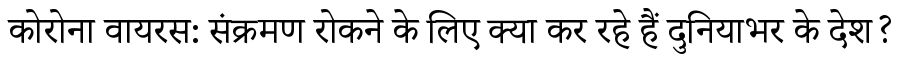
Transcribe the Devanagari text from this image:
कोरोना वायरस: संक्रमण रोकने के लिए क्या कर रहे हैं दुनियाभर के देश?